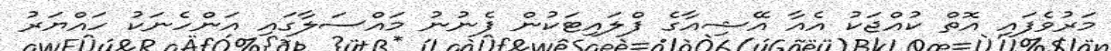
މަރުވެފައި އޮތް ކުއްޖަކު އެއާ އޭޝިއާގެ ފްލައިޓަކުން ފެނުނު މައްސަލާގައި އަންހެނަކު ހައްޔަރު